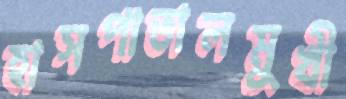
হাসপাতালমুখী